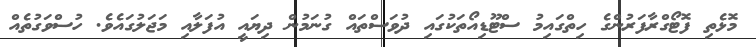
މޮޅެތި ފޮޓޯގްރާފަރުންގެ ހިތްގައިމު ސްޓޫޑިއޯތަކުގައި ދުވަސްތައް ގުނަމުން ދިޔައީ އުފަލާއި މަޖަލުގައެވެ. ހުސްވަގުތެއް